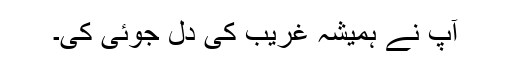
آپ نے ہمیشہ غریب کی دل جوئی کی۔